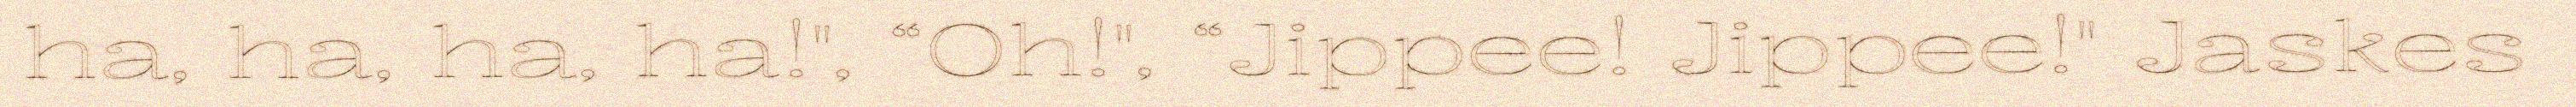
ha, ha, ha, ha!", “Oh!", “Jippee! Jippee!" Jaskes